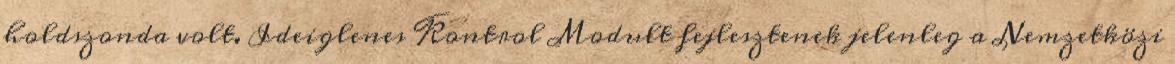
holdszonda volt. Ideiglenes Kontrol Modult fejlesztenek jelenleg a Nemzetközi